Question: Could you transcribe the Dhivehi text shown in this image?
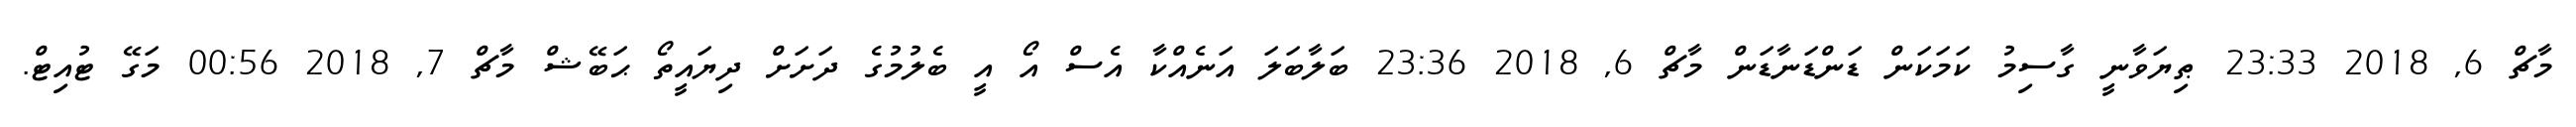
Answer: މާޗް 6, 2018 23:33 ޠިޔަވާނީ ގާސިމު ކަމަކަން ޑަންޑަނާޑަން މާޗް 6, 2018 23:36 ބަލާބަލަ އަނެއްކާ އެސް އޯ އީ ބެލުމުގެ ދަށަށް ދިޔައީތޯ ޙަބޭޝް މާޗް 7, 2018 00:56 މަގޭ ޓުއިޓް.